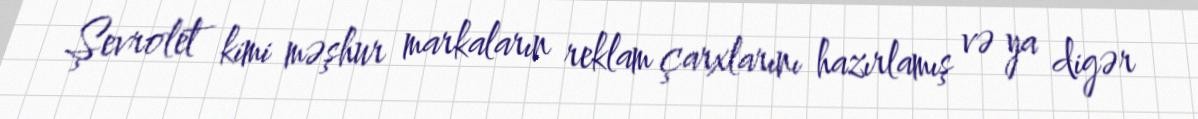
Şevrolet kimi məşhur markaların reklam çarxlarını hazırlamış və ya digər